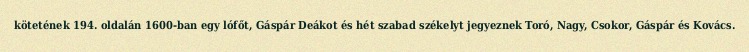
kötetének 194. oldalán 1600-ban egy lófőt, Gáspár Deákot és hét szabad székelyt jegyeznek Toró, Nagy, Csokor, Gáspár és Kovács.